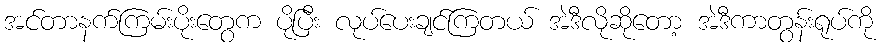
အင်တာနက်ကြမ်းပိုးတွေက ပိုပြီး လုပ်ပေးချင်ကြတယ် အဲဒီလိုဆိုတော့ အဲဒီကာတွန်းရုပ်ကို